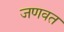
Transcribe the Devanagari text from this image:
जणवत